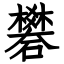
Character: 礬